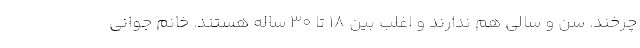
چرخند. سن و سالی هم ندارند و اغلب بین ۱۸ تا ۳۰ ساله هستند. خانم جوانی